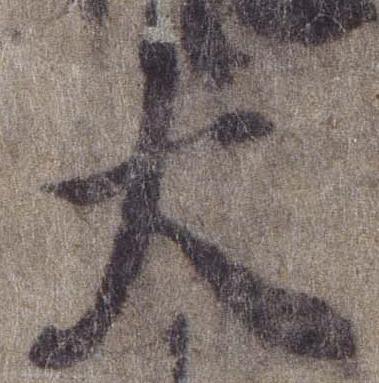
大